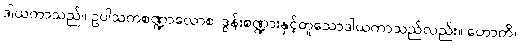
ဒါယကာသည်။ ဥပါသကစဏ္ဍာလောစ၊ ဒွန်းစဏ္ဍားနှင့်တူသောဒါယကာသည်လည်း။ ဟောတိ၊